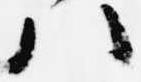
八